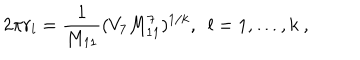
2 \pi r _ { l } = \frac { 1 } { M _ { 1 1 } } ( V _ { 7 } M _ { 1 1 } ^ { 7 } ) ^ { 1 / k } , ~ ~ l = 1 , \ldots , k \ ,